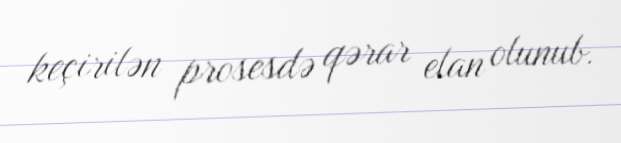
keçirilən prosesdə qərar elan olunub.